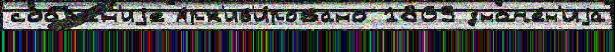
собра́н'иjе Арх'ив'и́ровано 1869 значе́н'иjа